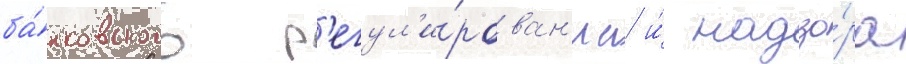
ба́нковского р'егул'и́рован'иа и́ надзо́ра